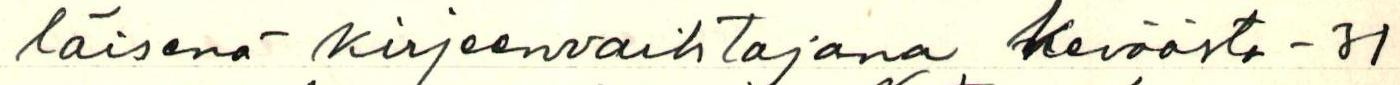
läisenä kirjeenvaihtajana Keväästä -31